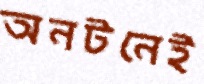
অনটনেই